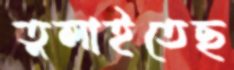
তুলাইতেছ